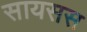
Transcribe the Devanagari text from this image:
सायसस